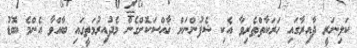
ކަލިނަރީ ދާއިރާގައި ހަރަކާތްތެރިވާ އެކި ޝެފުންނަށް ޚާއްސަކޮށްގެން މެދުއިރުމަތީގައި ބާއްވާ އެންމެ ބޮޑު